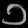
Digit: ၁